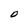
Character: O